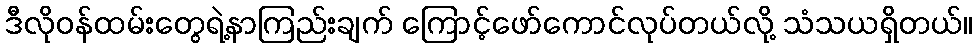
ဒီလိုဝန်ထမ်းတွေရဲ့နာကြည်းချက် ကြောင့်ဖော်ကောင်လုပ်တယ်လို့ သံသယရှိတယ်။